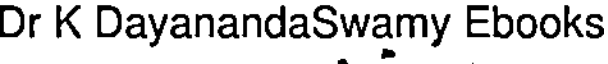
Dr K DayanandaSwamy Ebooks